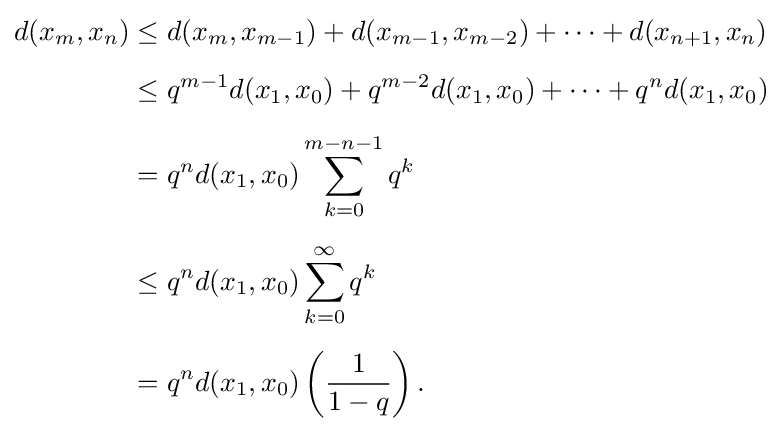
{\begin{aligned}d(x_{m},x_{n})&\leq d(x_{m},x_{m-1})+d(x_{m-1},x_{m-2})+\cdots +d(x_{n+1},x_{n})\\[5pt]&\leq q^{m-1}d(x_{1},x_{0})+q^{m-2}d(x_{1},x_{0})+\cdots +q^{n}d(x_{1},x_{0})\\[5pt]&=q^{n}d(x_{1},x_{0})\sum _{k=0}^{m-n-1}q^{k}\\[5pt]&\leq q^{n}d(x_{1},x_{0})\sum _{k=0}^{\infty }q^{k}\\[5pt]&=q^{n}d(x_{1},x_{0})\left({\frac {1}{1-q}}\right).\end{aligned}}